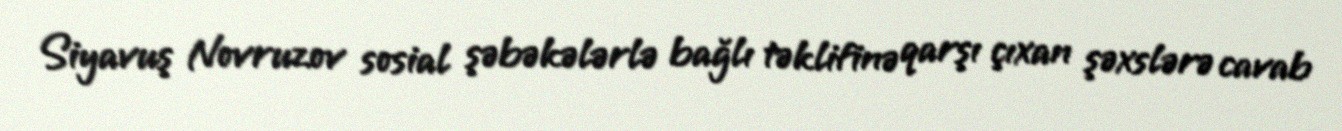
Siyavuş Novruzov sosial şəbəkələrlə bağlı təklifinə qarşı çıxan şəxslərə cavab